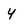
Character: y